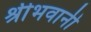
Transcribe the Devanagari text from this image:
श्रीभवानी